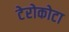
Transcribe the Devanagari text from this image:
टेरोकोटा